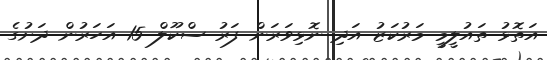
އަތޮޅު ތައުލީމީ މަރުކަޒު އަދި ނޮޅިވަރަން ފަރު ސްކޫލް 15 އަހަރުން ދަށުގެ